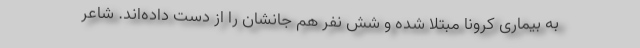
به بیماری کرونا مبتلا شده و شش نفر هم جانشان را از دست داده‌اند. شاعر